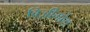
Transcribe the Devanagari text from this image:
विज़ीगोथ